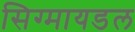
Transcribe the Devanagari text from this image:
सिग्मायडल